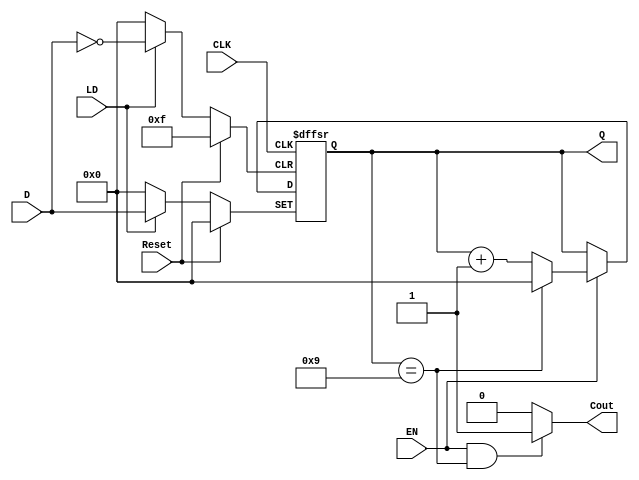
// Four_Bit_Mod_n_Counter.v

module Four_Bit_Mod_n_Counter(
    input wire CLK,
    input wire Reset,
    input wire LD,
    input wire EN,
    input wire [3:0] D,
    output reg [3:0] Q,
    output wire Cout
);
    parameter n = 10; // Default modulus value

    // Carry out logic (Mealy type output)
    assign Cout = (EN && Q == (n - 1)) ? 1'b1 : 1'b0;

    always @(posedge CLK or posedge Reset or posedge LD) begin
        if (Reset) begin
            // Asynchronous reset
            Q <= 4'b0;
        end else if (LD) begin
            // Asynchronous load
            Q <= D;
        end else if (EN) begin
            // Synchronous increment
            if (Q == (n - 1)) begin
                Q <= 4'b0; // Wrap around to zero
            end else begin
                Q <= Q + 1;
            end
        end
        // No else clause needed, as there are no other actions on the clock edge
    end
endmodule